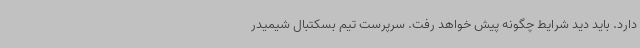
دارد. باید دید شرایط چگونه پیش خواهد رفت. سرپرست تیم بسکتبال شیمیدر